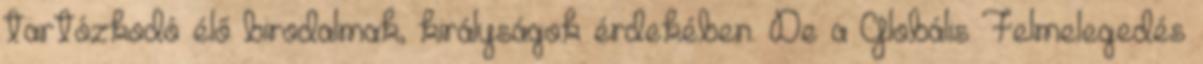
tartózkodó élő birodalmak, királyságok érdekében. De a Globális Felmelegedés